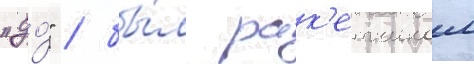
"до́" / бы́л рак'етчиком